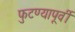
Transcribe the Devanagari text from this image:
फुटण्यापूर्वी